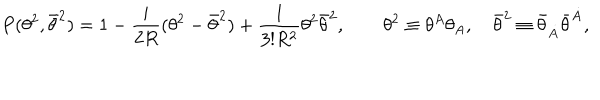
LaTeX: P ( \theta ^ { 2 } , \bar { \theta } ^ { 2 } ) = 1 - { \frac { i } { 2 R } } ( \theta ^ { 2 } - \bar { \theta } ^ { 2 } ) + { \frac { 1 } { 3 ! R ^ { 2 } } } \theta ^ { 2 } \bar { \theta } ^ { 2 } , \qquad \theta ^ { 2 } \equiv \theta ^ { A } \theta _ { A } , \quad \bar { \theta } ^ { 2 } \equiv \bar { \theta } _ { \dot { A } } \bar { \theta } ^ { \dot { A } } ,